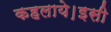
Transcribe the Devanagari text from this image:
कहलाये।इसी